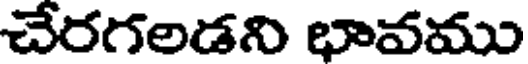
చేరగలడని భావము